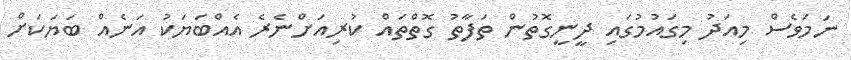
ނަމަވެސް މިއަދު މިގައުމުގައި ދީނީގޮތުން ތަފާތު ގޮތްތައް ކުރިއަށްނެރެ އެއްބަޔަކު އަނެއް ބަޔަކަށް